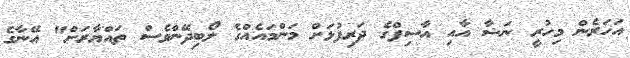
އަހަރެން މިހުރީ ނަޝާ އާއި އާސިފްގެ ދަރިފުޅަށް މަންމައެއްގެ ލޯބިދޭންވެސް ތައްޔާރަށް" އޭނާގެ